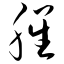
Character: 腥